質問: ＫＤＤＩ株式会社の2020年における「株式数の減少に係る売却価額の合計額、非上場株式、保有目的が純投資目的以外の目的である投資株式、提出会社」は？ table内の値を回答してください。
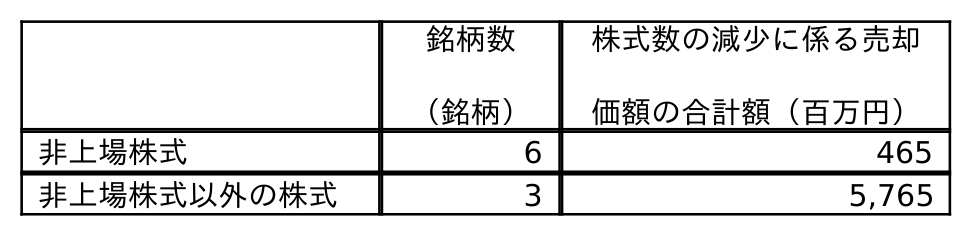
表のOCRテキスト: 銘柄数 （銘柄） 株式数の減少に係る売却 価額の合計額（百万円） 非上場株式 6 465 非上場株式以外の株式 3 5,765
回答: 465